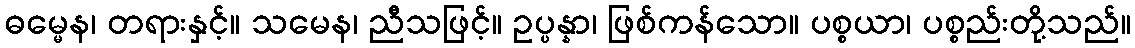
ဓမ္မေန၊ တရားနှင့်။ သမေန၊ ညီသဖြင့်။ ဥပ္ပန္နာ၊ ဖြစ်ကန်သော။ ပစ္စယာ၊ ပစ္စည်းတို့သည်။